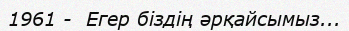
1961 -  Егер біздің әрқайсымыз...